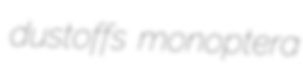
dustoffs monoptera